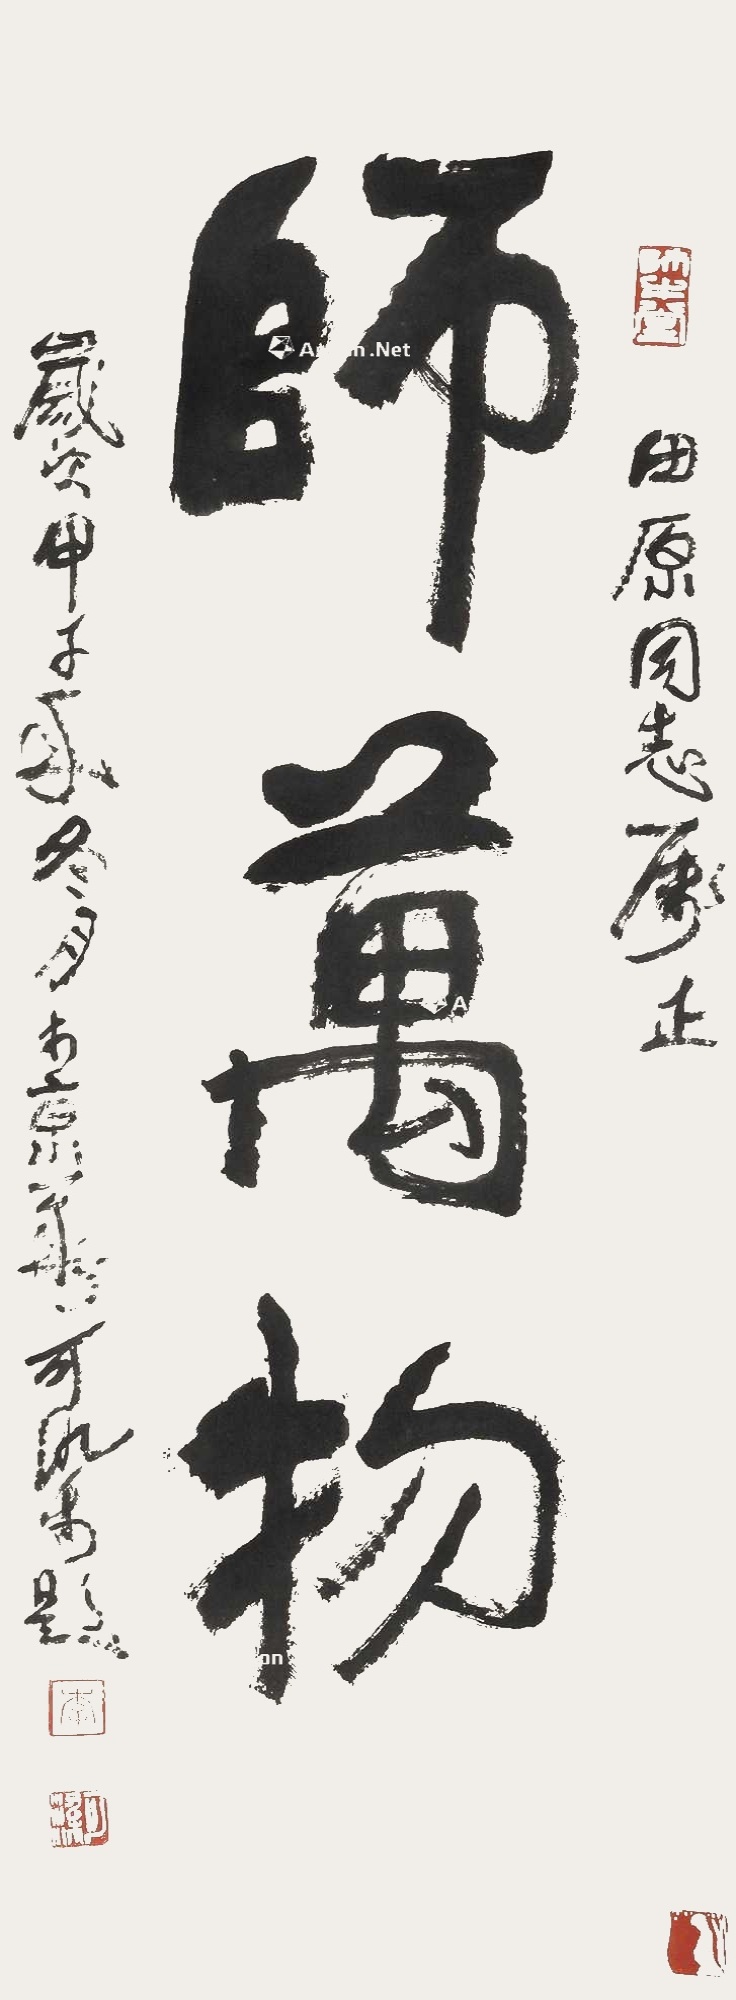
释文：师万物，田原同志属正。岁次甲子年冬月于享华，可染题。